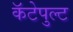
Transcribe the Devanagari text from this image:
कॅटेपुल्ट